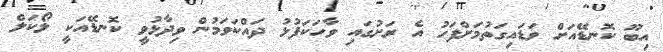
އިބޫ ކޮނޑޭއަށް ވަޑައިގަތުމަށްފަހު އެ ރަށުގައި ވާހަކަފުޅު ދައްކަވަމުން ވިދާޅުވީ ކޮނޑޭއަކީ ލޯކަލް